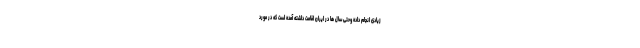
زیادی انجام داده وحتی سال ها در ایران اقامت داشته آمده است که در مورد